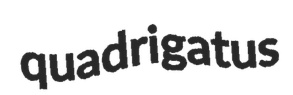
quadrigatus